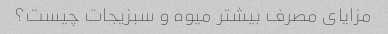
مزایای مصرف بیشتر میوه و سبزیجات چیست؟